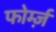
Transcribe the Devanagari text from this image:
फोर्म्ज़